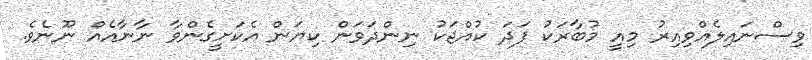
ވިސްނައިލެއްވިއިރު މިއީ މުބާރަކު ފަދަ ކުއްޖަކު ނިންދަވަން ކިޔަން އެކަށީގެންވާ ނާނާއެއް ނޫނެވެ.